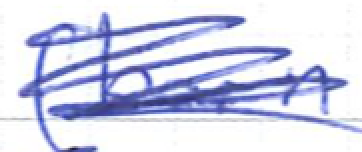
Text: (born
Cross-out: scratch
Writing tool: ballpoint